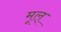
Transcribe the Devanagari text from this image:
मूल्